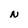
Character: N